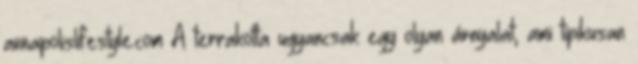
annapolislifestyle.com A terrakotta ugyancsak egy olyan árnyalat, ami tipikusan